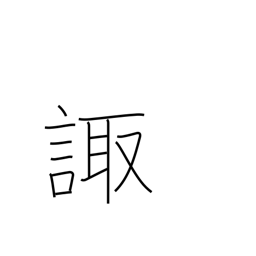
Meaning: consult